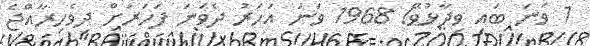
1 ވަނަ ބައި ވިދާޅުވޭ! 1968 ވަނަ އަހަރު ދެވަނަ ފަހަރަށް ދިވެހިރާއްޖެ